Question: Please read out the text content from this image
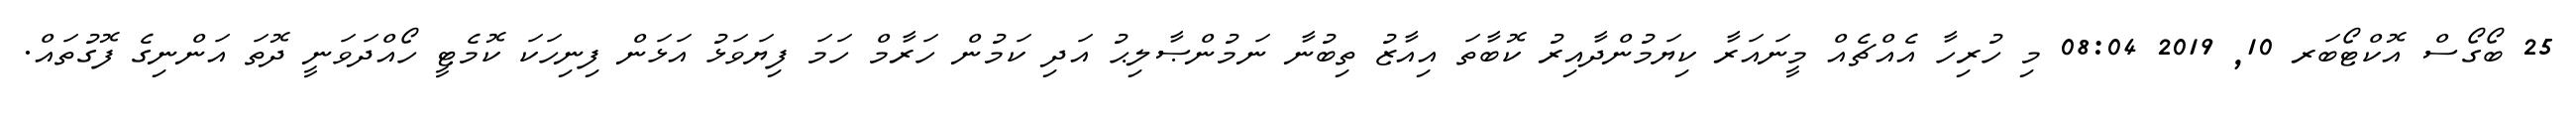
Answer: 25 ބޯގޯސް އޮކްޓޯބަރ 10, 2019 08:04 މި ހުރިހާ އެއްޗެއް މީނައަރާ ކިޔަމުންދާއިރު ކޮބާތަ އިއާޒު ތިބުނާ ނަމުންޞާލިޙު އަދި ކަމުން ހަރާމް ހަމަ ފިޔަވަޅު އަޅަން ފިނިހަކަ ކޮމެޓީ ހޯއްދަވަނީ ދޮތަ އަންނިގެ ފޮގުތައް.